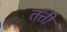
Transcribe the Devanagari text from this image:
तत्ती